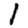
Digit: 1